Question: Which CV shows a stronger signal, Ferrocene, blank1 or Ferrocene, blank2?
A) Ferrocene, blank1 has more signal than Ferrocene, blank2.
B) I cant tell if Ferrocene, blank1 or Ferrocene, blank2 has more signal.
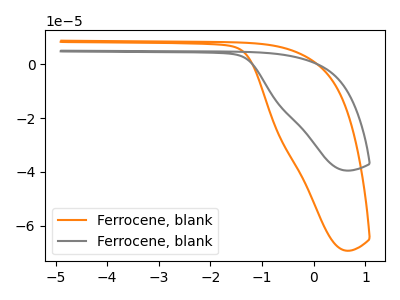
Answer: <think>The orange curve "Ferrocene, blank1" has no peaks. The gray curve "Ferrocene, blank2" has no peaks.
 Neither "Ferrocene, blank1" or "Ferrocene, blank2" have any peaks.</think>
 <answer>B) I cant tell if "Ferrocene, blank1" or "Ferrocene, blank2" has more signal.</answer>
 <eval>B</eval>